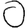
Digit: 0